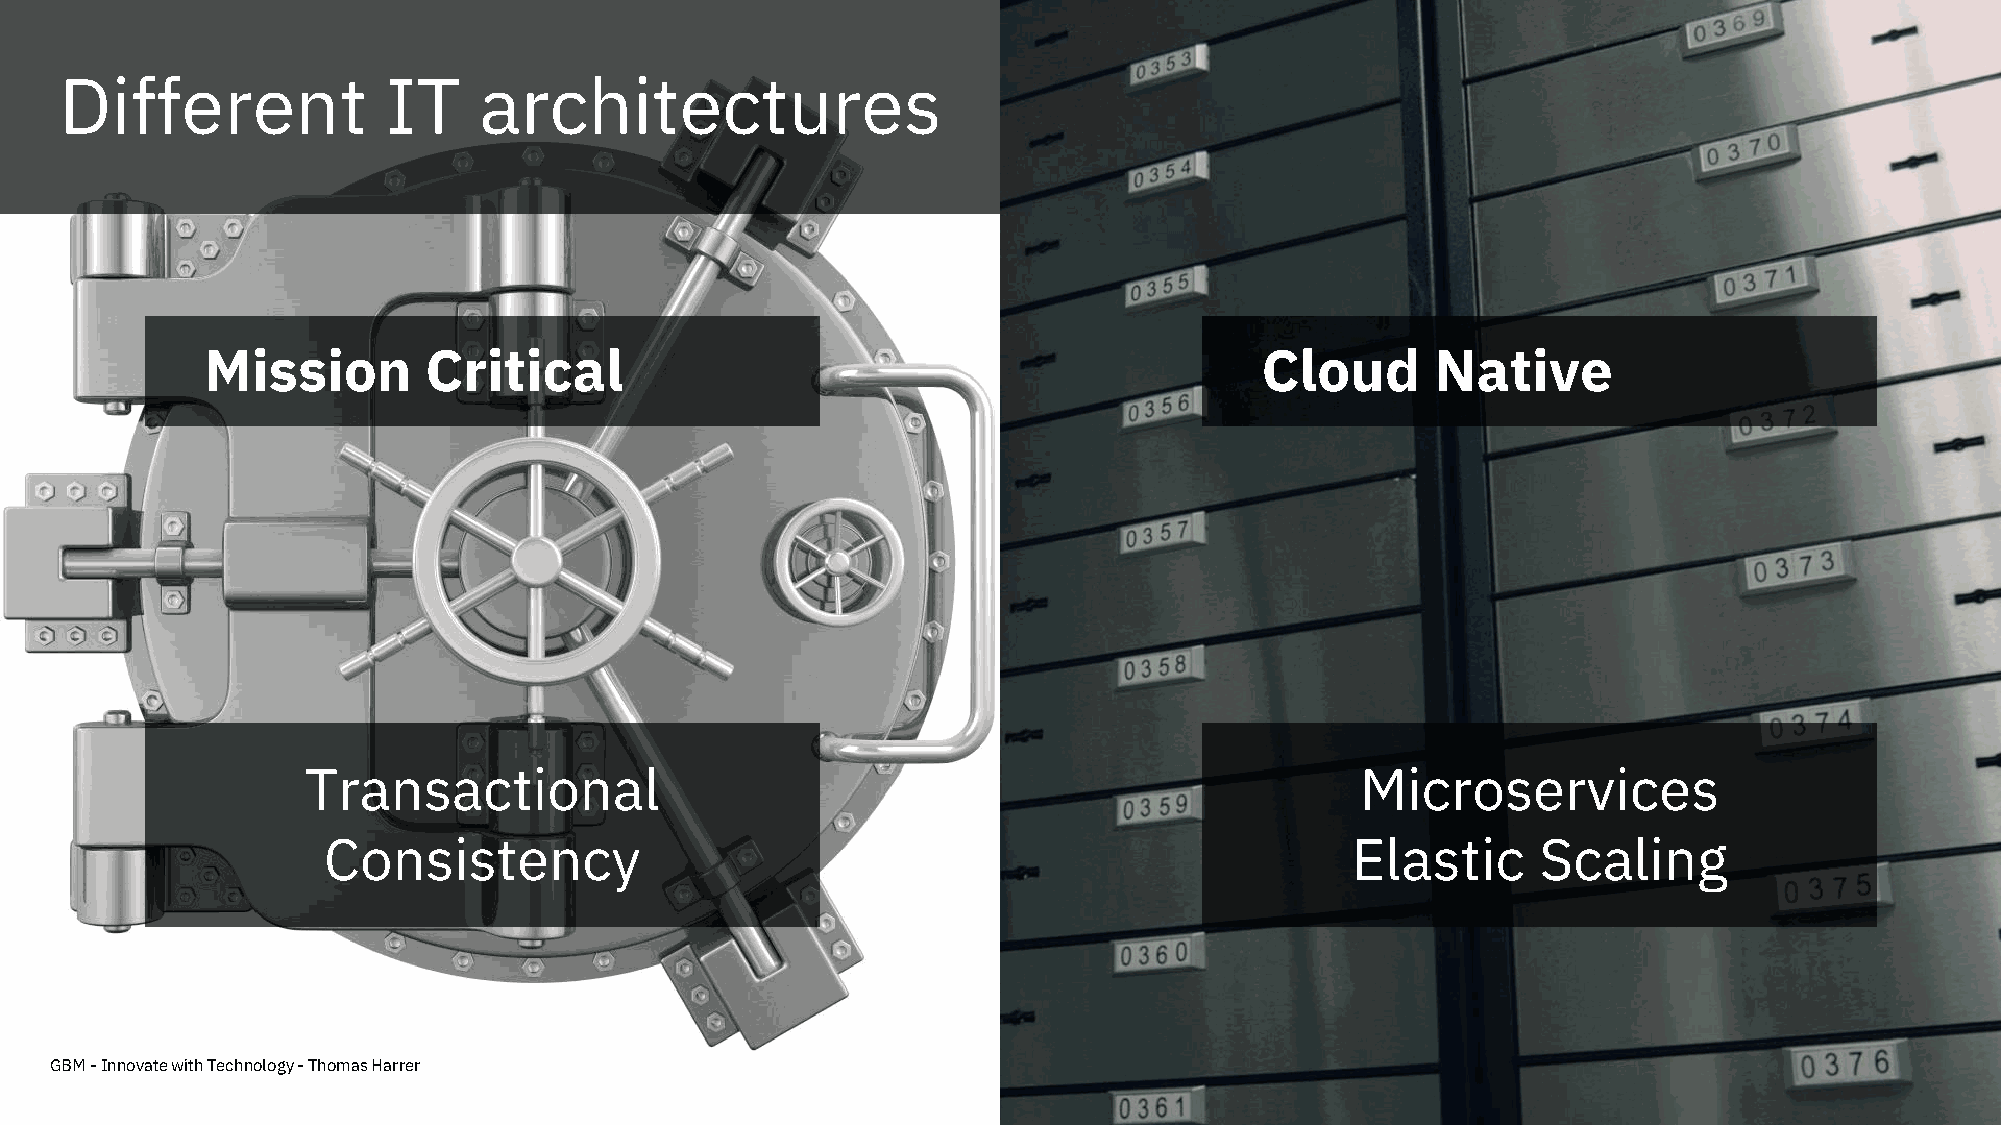
Different             IT    architectures
 Mission       Critical                                               Cloud       Native
 Transactional                                                         Microservices
 Consistency                                                         Elastic      Scaling
 GBM -Innovate with Technology -Thomas Harrer